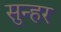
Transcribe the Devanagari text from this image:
सुन्हर